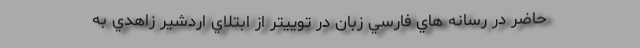
حاضر در رسانه هاي فارسي زبان در توييتر از ابتلاي اردشير زاهدي به